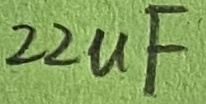
Text: 22µF